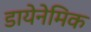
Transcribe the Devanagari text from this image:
डायेनेमिक